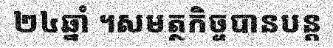
២៤ឆ្នាំ ។សមត្ថកិច្ចបានបន្ត